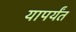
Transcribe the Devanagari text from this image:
यापर्यंत